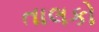
તાલકો